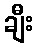
ချီး